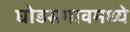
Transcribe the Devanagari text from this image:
घोडसगावमध्ये